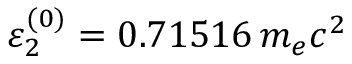
\varepsilon _ { 2 } ^ { ( 0 ) } = 0 . 7 1 5 1 6 \, m _ { e } c ^ { 2 }